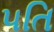
૫તિ